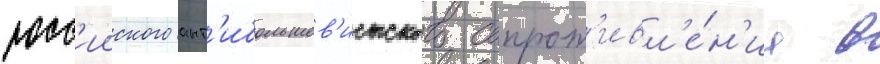
росс'ииского ант'ибольшев'истского сопрот'ивл'е́н'иа в